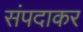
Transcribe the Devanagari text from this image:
संपदाकर